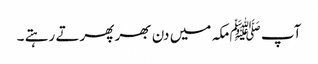
آپ ﷺمکہ میں دن بھر پھرتے رہتے ۔